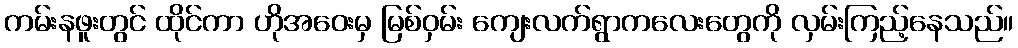
ကမ်းနဖူးတွင် ထိုင်ကာ ဟိုအဝေးမှ မြစ်ဝှမ်း ကျေးလက်ရွာကလေးတွေကို လှမ်းကြည့်နေသည်။